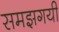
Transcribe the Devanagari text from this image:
समझगयी